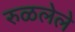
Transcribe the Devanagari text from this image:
रुळलेले